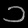
Digit: ၁